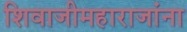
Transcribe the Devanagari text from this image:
शिवाजीमहाराजांना